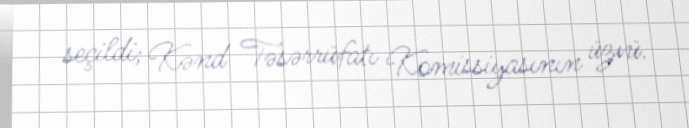
seçildi; Kənd Təsərrüfatı Komissiyasının üzvü.